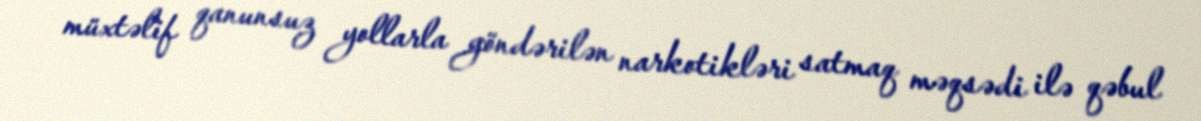
müxtəlif qanunsuz yollarla göndərilən narkotikləri satmaq məqsədi ilə qəbul